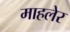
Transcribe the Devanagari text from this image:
माहलेर